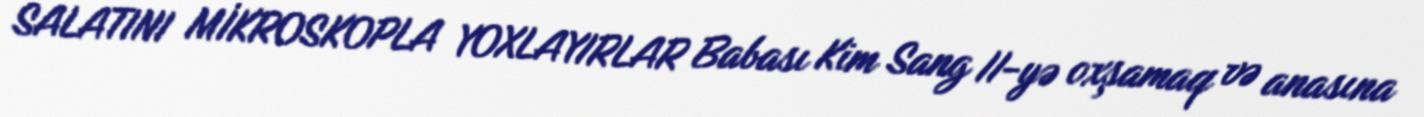
SALATINI MİKROSKOPLA YOXLAYIRLAR Babası Kim Sang II-yə oxşamaq və anasına